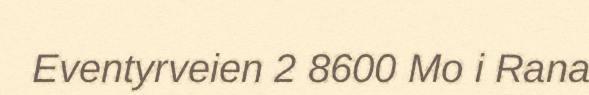
Eventyrveien 2 8600 Mo i Rana